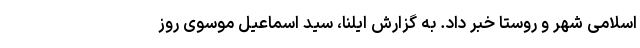
اسلامی شهر و روستا خبر داد. به گزارش ایلنا، سید اسماعیل موسوی روز